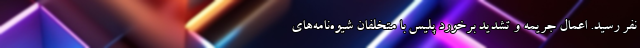
نفر رسید. اعمال جریمه و تشدید برخورد پلیس با متخلفان شیوه‌نامه‌های